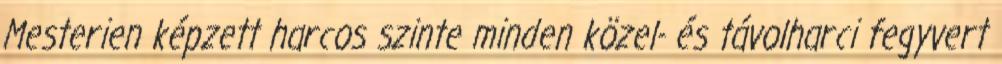
Mesterien képzett harcos szinte minden közel- és távolharci fegyvert